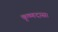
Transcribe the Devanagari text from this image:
कृष्णदास।